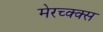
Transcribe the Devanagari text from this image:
मेरच्क्क्स